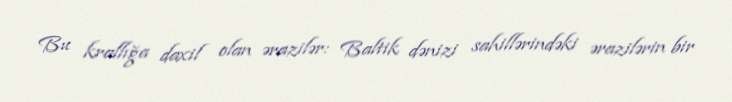
Bu krallığa daxil olan ərazilər: Baltik dənizi sahillərindəki ərazilərin bir